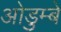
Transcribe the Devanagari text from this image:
ओडुम्बे